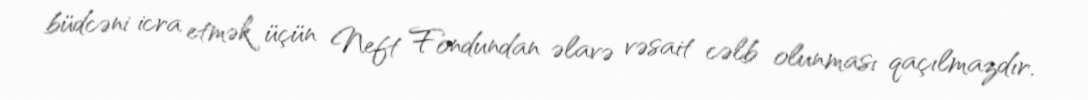
büdcəni icra etmək üçün Neft Fondundan əlavə vəsait cəlb olunması qaçılmazdır.